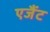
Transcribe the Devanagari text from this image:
एजैंट